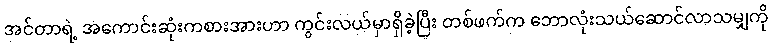
အင်တာရဲ့ အကောင်းဆုံးကစားအားဟာ ကွင်းလယ်မှာရှိခဲ့ပြီး တစ်ဖက်က ဘောလုံးသယ်ဆောင်လာသမျှကို